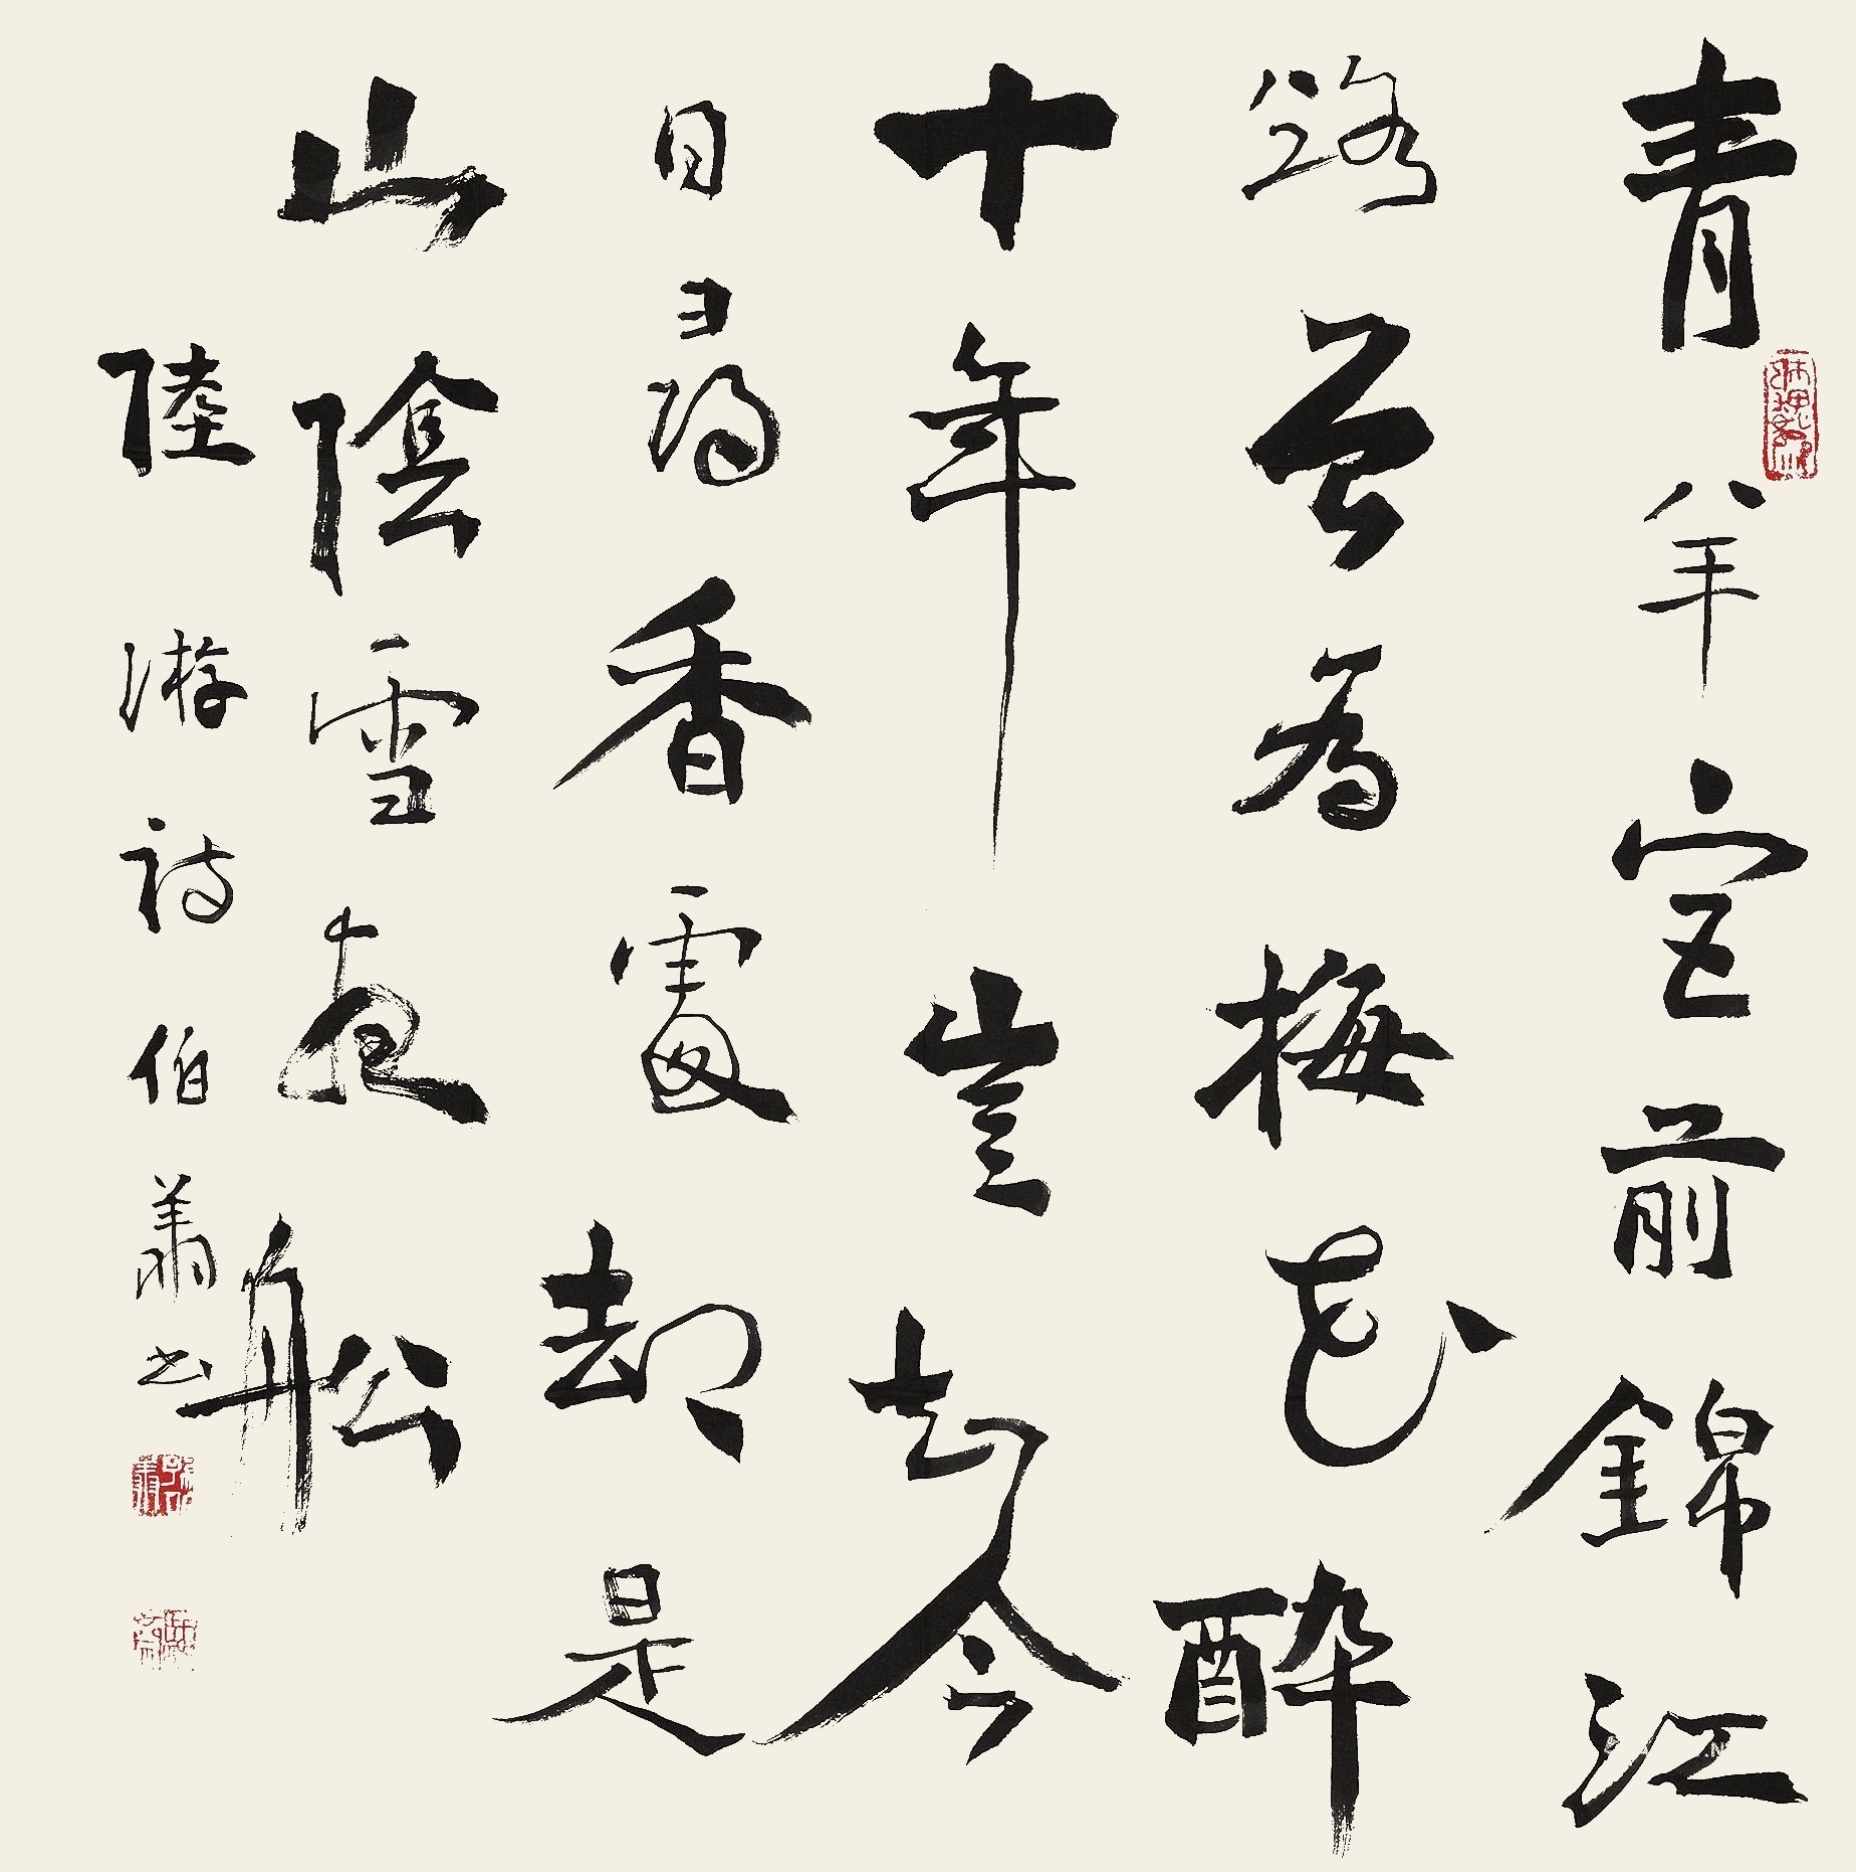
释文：青羊宫前锦江路，曾为梅花醉十年。岂知今日寻香处，却是山阴雪夜船。陆游诗，伯翔书。